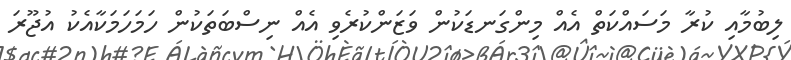
ލިބުމާއި ކުރާ މަސައްކަތް އެއް މިންގަނޑަކުން ވަޒަންކުރެވި އެއް ނިސްބަތަކުން ހަމަހަމަކާއެކު އުޖޫޫރަ